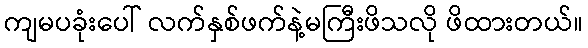
ကျမပခုံးပေါ် လက်နှစ်ဖက်နဲ့မကြီးဖိသလို ဖိထားတယ်။